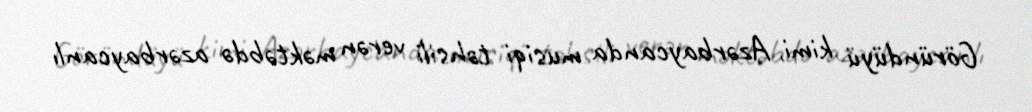
Göründüyü kimi, Azərbaycanda musiqi təhsili verən məktəbdə azərbaycanlı